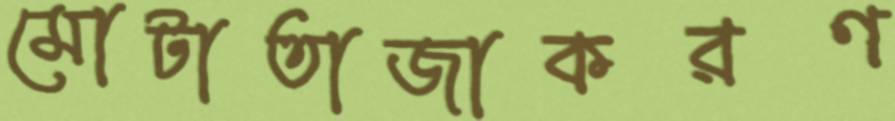
মোটাতাজাকরণ